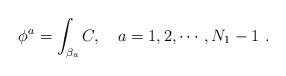
LaTeX: \begin{align*}\phi^a=\int_{\beta_a} C,\quad a=1,2,\cdots, N_1-1 \ .\end{align*}